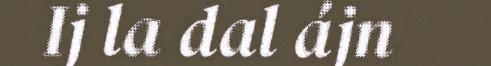
Ij la dal ájn